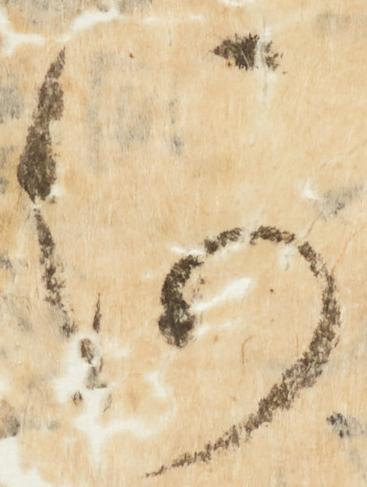
何